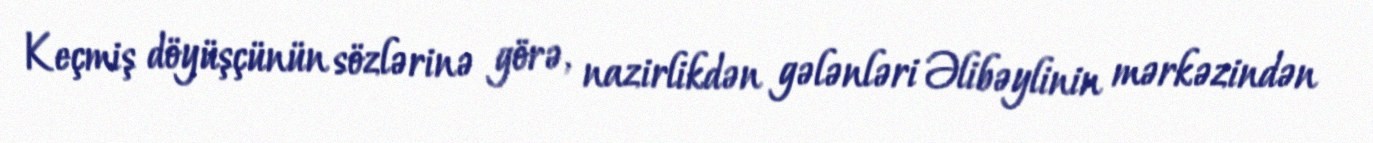
Keçmiş döyüşçünün sözlərinə görə, nazirlikdən gələnləri Əlibəylinin mərkəzindən